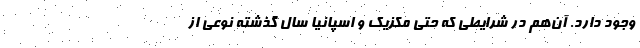
وجود دارد. آن‌هم در شرایطی که حتی مکزیک و اسپانیا سال گذشته نوعی از